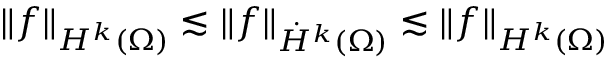
\lVert f \rVert _ { H ^ { k } ( \Omega ) } \lesssim \lVert f \rVert _ { \Dot { H } ^ { k } ( \Omega ) } \lesssim \lVert f \rVert _ { H ^ { k } ( \Omega ) }